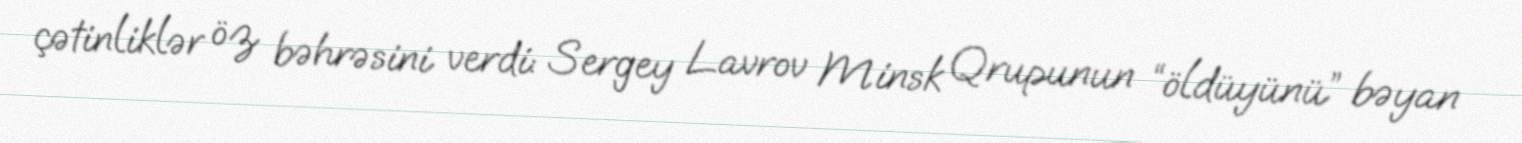
çətinliklər öz bəhrəsini verdi: Sergey Lavrov Minsk Qrupunun “öldüyünü” bəyan